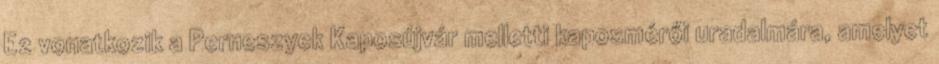
Ez vonatkozik a Perneszyek Kaposújvár melletti kaposmérői uradalmára, amelyet